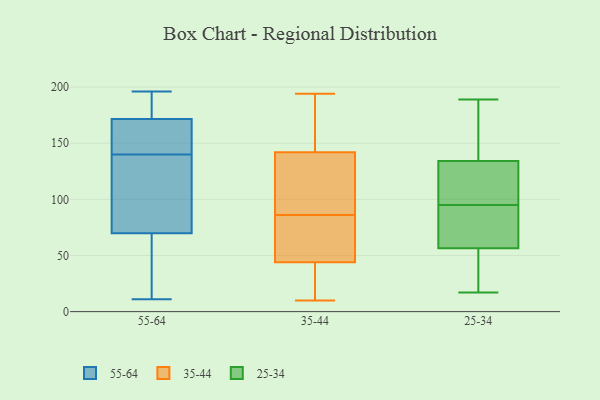
{"axis": {"x": "Market Share (%)", "y": "Value"}, "legend": ["25-34", "35-44", "55-64"], "data": [{"x": "", "y": 11, "type": "55-64"}, {"x": "", "y": 145, "type": "55-64"}, {"x": "", "y": 67, "type": "55-64"}, {"x": "", "y": 78, "type": "55-64"}, {"x": "", "y": 63, "type": "55-64"}, {"x": "", "y": 181, "type": "55-64"}, {"x": "", "y": 173, "type": "55-64"}, {"x": "", "y": 167, "type": "55-64"}, {"x": "", "y": 174, "type": "55-64"}, {"x": "", "y": 44, "type": "55-64"}, {"x": "", "y": 196, "type": "55-64"}, {"x": "", "y": 150, "type": "55-64"}, {"x": "", "y": 106, "type": "55-64"}, {"x": "", "y": 123, "type": "55-64"}, {"x": "", "y": 140, "type": "55-64"}, {"x": "", "y": 93, "type": "35-44"}, {"x": "", "y": 94, "type": "35-44"}, {"x": "", "y": 14, "type": "35-44"}, {"x": "", "y": 117, "type": "35-44"}, {"x": "", "y": 147, "type": "35-44"}, {"x": "", "y": 45, "type": "35-44"}, {"x": "", "y": 44, "type": "35-44"}, {"x": "", "y": 34, "type": "35-44"}, {"x": "", "y": 194, "type": "35-44"}, {"x": "", "y": 185, "type": "35-44"}, {"x": "", "y": 194, "type": "35-44"}, {"x": "", "y": 59, "type": "35-44"}, {"x": "", "y": 142, "type": "35-44"}, {"x": "", "y": 10, "type": "35-44"}, {"x": "", "y": 142, "type": "35-44"}, {"x": "", "y": 79, "type": "35-44"}, {"x": "", "y": 55, "type": "35-44"}, {"x": "", "y": 32, "type": "35-44"}, {"x": "", "y": 89, "type": "25-34"}, {"x": "", "y": 172, "type": "25-34"}, {"x": "", "y": 21, "type": "25-34"}, {"x": "", "y": 17, "type": "25-34"}, {"x": "", "y": 64, "type": "25-34"}, {"x": "", "y": 179, "type": "25-34"}, {"x": "", "y": 132, "type": "25-34"}, {"x": "", "y": 189, "type": "25-34"}, {"x": "", "y": 105, "type": "25-34"}, {"x": "", "y": 31, "type": "25-34"}, {"x": "", "y": 95, "type": "25-34"}, {"x": "", "y": 71, "type": "25-34"}, {"x": "", "y": 96, "type": "25-34"}, {"x": "", "y": 135, "type": "25-34"}, {"x": "", "y": 54, "type": "25-34"}]}